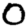
Digit: 0